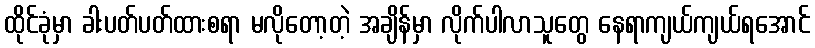
ထိုင်ခုံမှာ ခါးပတ်ပတ်ထားစရာ မလိုတော့တဲ့ အချိန်မှာ လိုက်ပါလာသူတွေ နေရာကျယ်ကျယ်ရအောင်